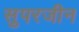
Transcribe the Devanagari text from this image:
सुपरजीन